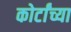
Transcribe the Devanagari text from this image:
कोर्टांच्या